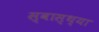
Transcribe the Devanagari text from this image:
स्‍वास्‍थ्‍या